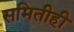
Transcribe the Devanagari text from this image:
समितीही